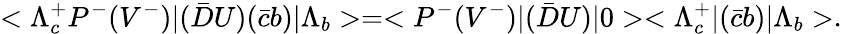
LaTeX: <\Lambda_{c}^{+}P^{-}(V^{-})|(\bar{D}U)(\bar{c}b)|\Lambda_{b}>=<P^{-}(V^{-})|(\bar{D}U)|0><\Lambda_{c}^{+}|(\bar{c}b)|\Lambda_{b}>.\;